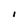
Character: I